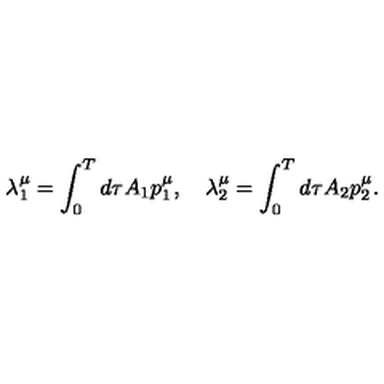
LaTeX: \lambda _ { 1 } ^ { \mu } = \int _ { 0 } ^ { T } d \tau A _ { 1 } p _ { 1 } ^ { \mu } , \quad \lambda _ { 2 } ^ { \mu } = \int _ { 0 } ^ { T } d \tau A _ { 2 } p _ { 2 } ^ { \mu } .